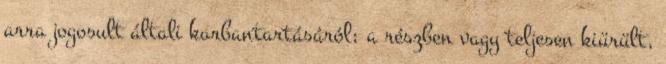
arra jogosult általi karbantartásáról; a részben vagy teljesen kiürült,